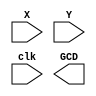
`timescale 1ns / 1ps

module GCD(
    input [7:0] X,Y,
	 input clk,
    output [7:0] GCD
    );

always @(negedge clk)
begin
	
end

endmodule